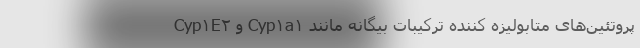
پروتئین‌های متابولیزه کننده ترکیبات بیگانه مانند Cyp۱a۱ و Cyp۱E۲